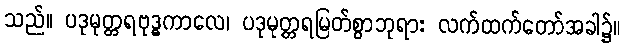
သည်။ ပဒုမုတ္တရဗုဒ္ဓကာလေ၊ ပဒုမုတ္တရမြတ်စွာဘုရား လက်ထက်တော်အခါ၌။